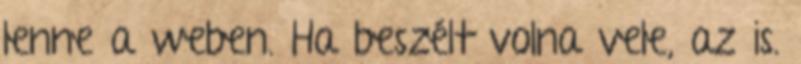
lenne a weben. Ha beszélt volna vele, az is.